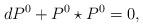
LaTeX: \begin{align*}dP^{0}+P^{0}\star P^{0}=0,\end{align*}